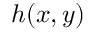
h ( x , y )